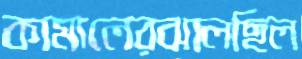
কামালেরঝালছিল